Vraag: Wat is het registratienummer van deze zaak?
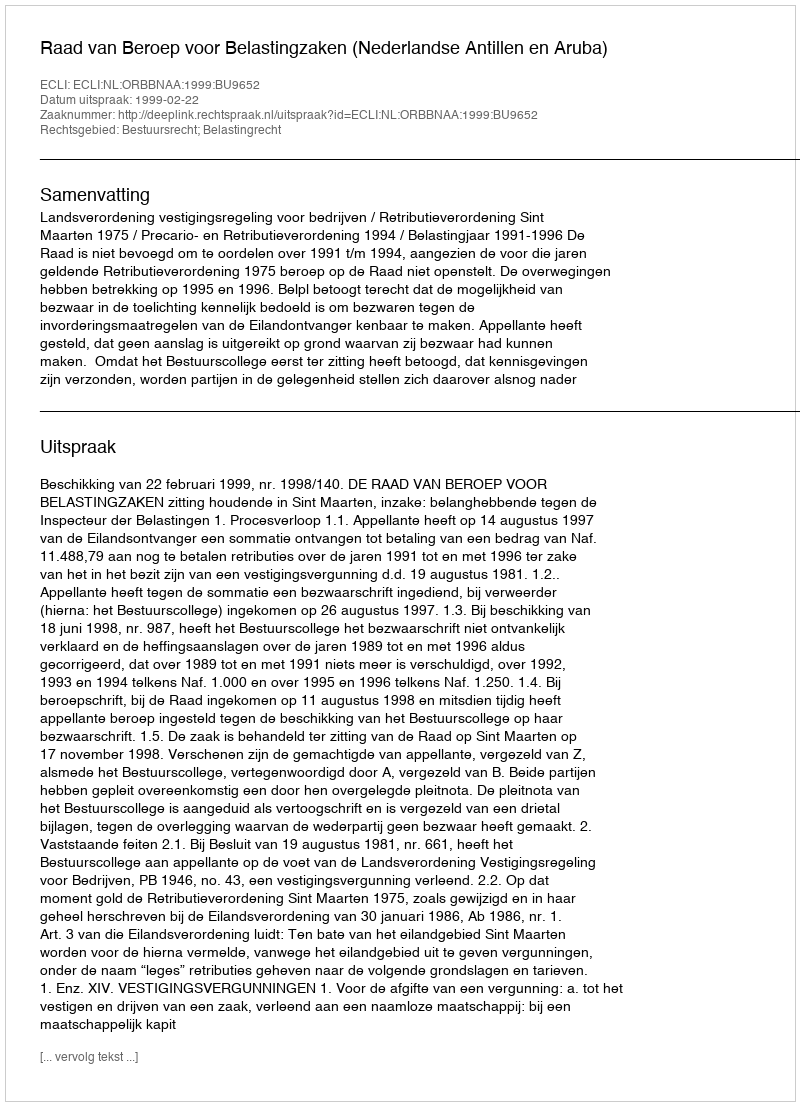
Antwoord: http://deeplink.rechtspraak.nl/uitspraak?id=ECLI:NL:ORBBNAA:1999:BU9652